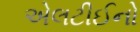
એલટીઈનો